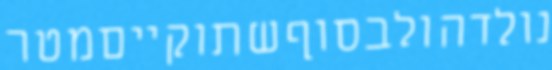
נולדהולבסוףשתוקייםמטר